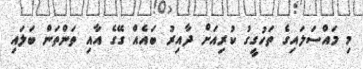
މި މައްސަލައިގެ ތަހުގީގު ކުރިއަށް ދާއިރު ބައެއް ގޭގެ އާއި ތަންތަން ބަލައި